Indian journal of veterinary science and animal husbandry - Volume 9,
Year: 1939
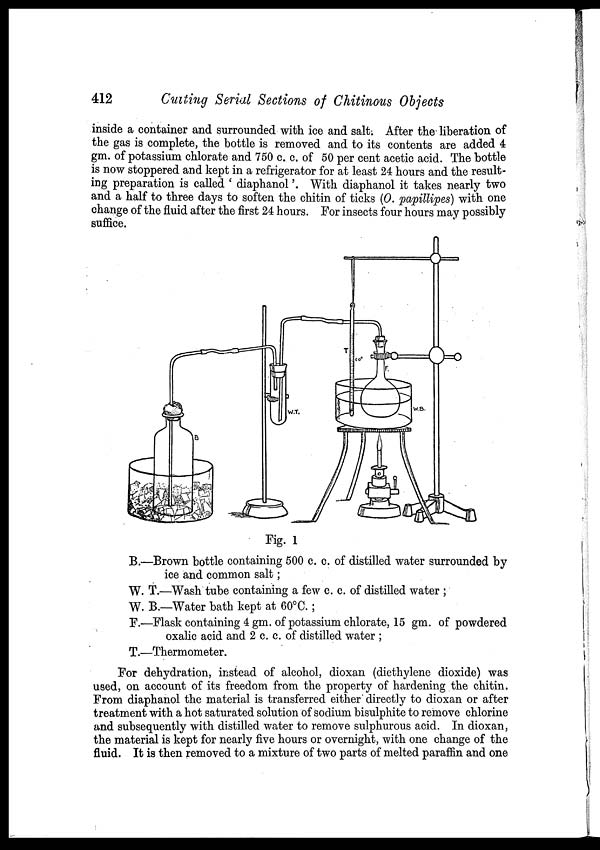
412
Cutting
Serial Sections of Chitinous Objects
inside a container and surrounded with ice and salt. After the liberation of
the gas is complete, the bottle is removed and to its contents are added 4
gm. of potassium chlorate and 750 c. c. of 50 per cent acetic acid. The bottle
is now stoppered and kept in a refrigerator for at least 24 hours and the result-
ing preparation is called ' diaphanol'. With diaphanol it takes nearly two
and a half to three days to soften the chitin of ticks (O. papillipes) with one
change of the fluid after the first 24 hours. For insects four hours may possibly
suffice.
Fig. 1
B.—Brown bottle containing 500 c. c. of distilled water surrounded by
ice and common salt;
W. T.—Wash tube containing a few c. c. of distilled water ;
W. B.—Water bath kept at 60°C. ;
F.—Flask containing 4 gm. of potassium chlorate, 15 gm. of powdered
oxalic acid and 2 c. c. of distilled water ;
T.—Thermometer.
For dehydration, instead of alcohol, dioxan (diethylene dioxide) was
used, on account of its freedom from the property of hardening the chitin.
From diaphanol the material is transferred either directly to dioxan or after
treatment with a hot saturated solution of sodium bisulphite to remove chlorine
and subsequently with distilled water to remove sulphurous acid. In dioxan,
the material is kept for nearly five hours or overnight, with one change of the
fluid. It is then removed to a mixture of two parts of melted paraffin and one